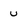
Character: U